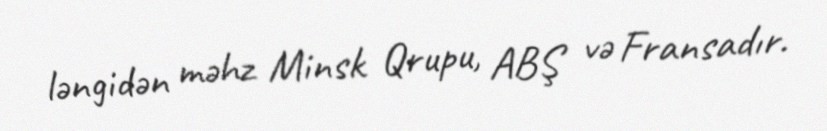
ləngidən məhz Minsk Qrupu, ABŞ və Fransadır.